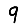
Digit: 9